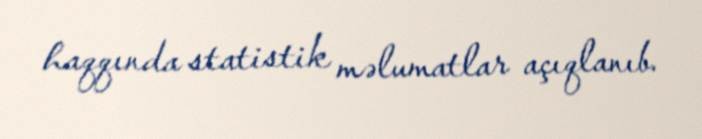
haqqında statistik məlumatlar açıqlanıb.